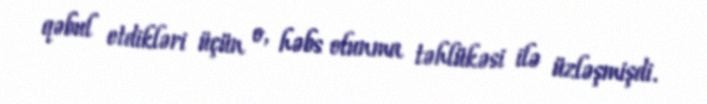
qəbul etdikləri üçün o, həbs olunma təhlükəsi ilə üzləşmişdi.